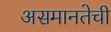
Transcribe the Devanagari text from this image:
असमानतेची